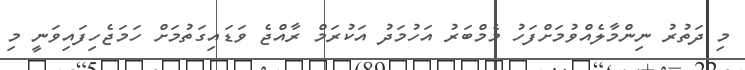
މި ދަތުރު ނިންމާލެއްވުމަށްފަހު މެމްބަރު އަހުމަދު އަކުރަމް ރާއްޖެ ވަޑައިގަތުމަށް ހަމަޖެހިފައިވަނީ މި